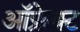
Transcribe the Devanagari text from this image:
ऑफ्रेक्ट